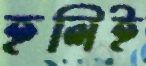
হলিই